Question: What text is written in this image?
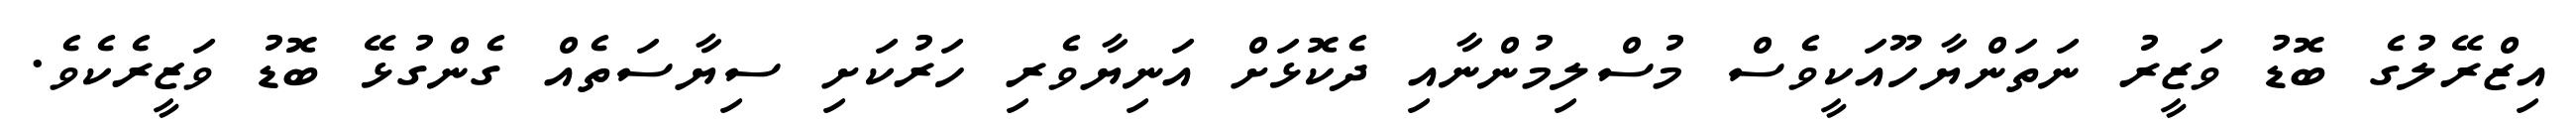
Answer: އިޒްރޭލުގެ ބޮޑު ވަޒީރު ނަތަންޔާހޫއަކީވެސް މުސްލިމުންނާއި ދެކޮޅަށް އަނިޔާވެރި ހަރުކަށި ސިޔާސަތެއް ގެންގުޅޭ ބޮޑު ވަޒީރެކެވެ.